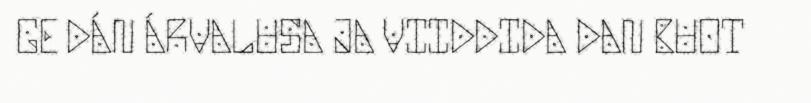
GE DÁN ÁRVALUSA JA VIIDDIDA DAN BUOT